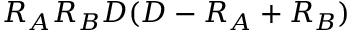
R _ { A } R _ { B } D ( D - R _ { A } + R _ { B } )